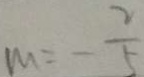
m = - \frac { 2 } { 5 }